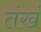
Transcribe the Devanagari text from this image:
तंखं